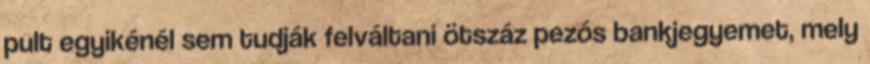
pult egyikénél sem tudják felváltani ötszáz pezós bankjegyemet, mely